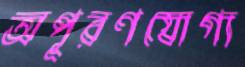
অপূরণযোগ্য